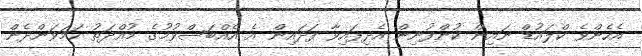
އެހެންވެ ކްލައުޑް ނައިން ކުންފުނިން އެދިފައިވާ ފަދައިން އެ އެއްބަސްވުމުގެ މުއްދަތު ހަމަވަންދެން